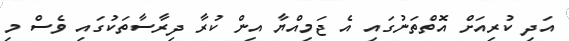
އަދި ކުރިއަށް އޮތްތަނުގައި އެ ޖަމިއްޔާ އިން ކުރާ ދިރާސާތަކުގައި ވެސް މި